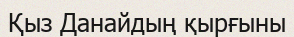
Қыз Данайдың қырғыны